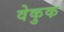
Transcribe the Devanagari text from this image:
वेकुक